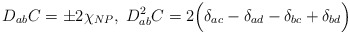
\begin{align*}D_{ab}C= \pm 2\chi_{NP},\;D_{ab}^2C= 2\Bigl(\delta_{ac}-\delta_{ad}-\delta_{bc}+\delta_{bd}\Bigr)\end{align*}